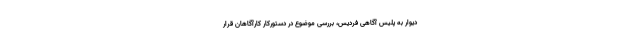
دیوار به پلیس آگاهی فردیس، بررسی موضوع در دستورکار کارآگاهان قرار